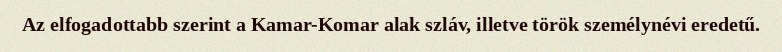
Az elfogadottabb szerint a Kamar-Komar alak szláv, illetve török személynévi eredetű.